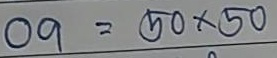
09 = 50 x 50